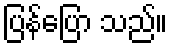
ပြန်ပြော သည်။